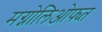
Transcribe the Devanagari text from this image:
मग्नोलिओफ्य्त